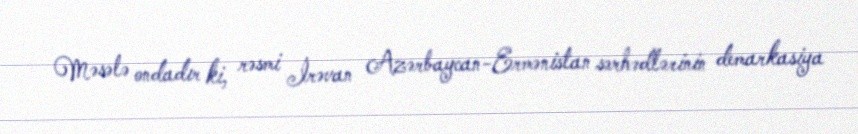
Məsələ ondadır ki, rəsmi İrəvan Azərbaycan-Ermənistan sərhədlərinin demarkasiya